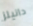
دانيلز